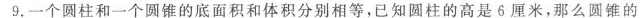
9.一个圆柱和一个圆锥的底面积和体积分别相等，已知圆柱的高是6厘米，那么圆锥的